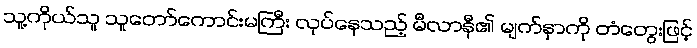
သူ့ကိုယ်သူ သူတော်ကောင်းမကြီး လုပ်နေသည့် မီလာနီ၏ မျက်နှာကို တံတွေးဖြင့်